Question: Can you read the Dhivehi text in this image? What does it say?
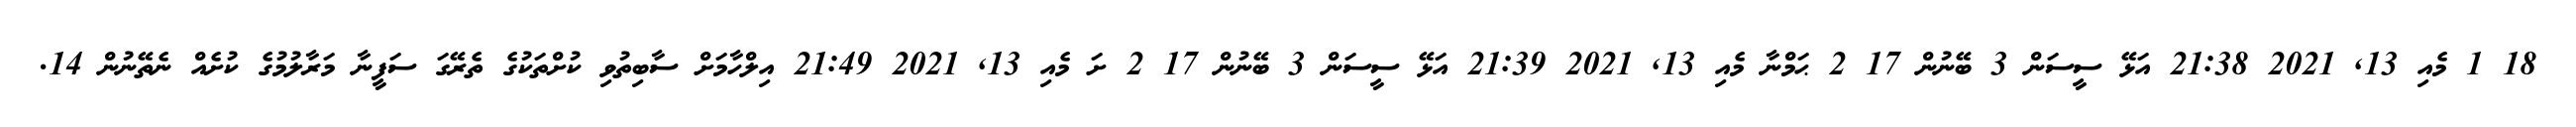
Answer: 18 1 މެއި 13, 2021 21:38 އަޅޭ ސީސަން 3 ބޭނުން 17 2 ޙަމްނާ މެއި 13, 2021 21:39 އަޅޭ ސީސަން 3 ބޭނުން 17 2 ށަ މެއި 13, 2021 21:49 އިލްހާމަށް ސާބިތުވި ކުށްތަކުގެ ތެރޭގަ ސަފީނާ މަރާލުމުގެ ކުށެއް ނެތޭނުން 14.